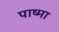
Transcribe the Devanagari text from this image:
पाष्मा